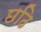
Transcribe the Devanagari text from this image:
छठि